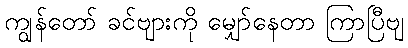
ကျွန်တော် ခင်ဗျားကို မျှော်နေတာ ကြာပြီဗျ